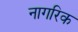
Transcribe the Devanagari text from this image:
नागरिक